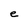
Character: e